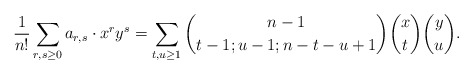
\begin{align*} \frac{1}{n!} \sum_{r, s \geq 0} a_{r, s} \cdot x^r y^s=\sum_{t, u \geq 1} \binom{n - 1}{t - 1; u - 1; n - t - u + 1} \binom{x}{t} \binom{y}{u}.\end{align*}